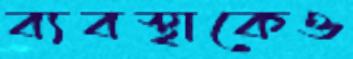
ব্যবস্থাকেও